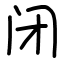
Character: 闭